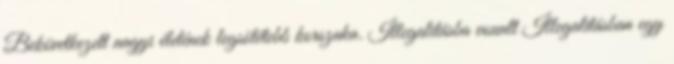
Bekövetkezett nagyi életének legsötétebb korszaka. Illegalitásba vonult Illegalitásban egy